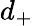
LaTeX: d_{+}